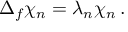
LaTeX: \Delta _ { f } \chi _ { n } = \lambda _ { n } \chi _ { n } \, .